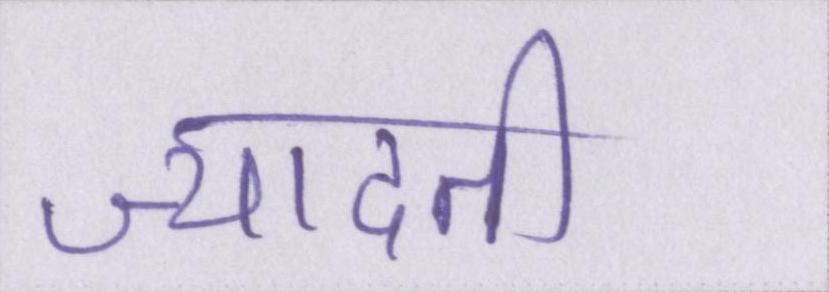
ज्यादती